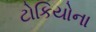
ટોકિયોના